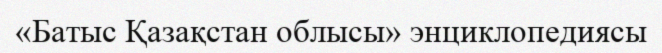
«Батыс Қазақстан облысы» энциклопедиясы